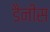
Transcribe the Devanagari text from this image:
डैनीस